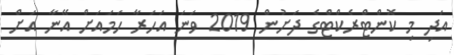
އަދި މި ކޮންޓްރެކްޓްގެ ދަށުން 2019 ވަނަ އަހަރާ ހަމައަށް އޭނާ އަށް